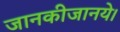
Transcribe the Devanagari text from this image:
जानकीजानये।